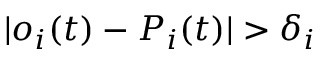
| o _ { i } ( t ) - P _ { i } ( t ) | > \delta _ { i }